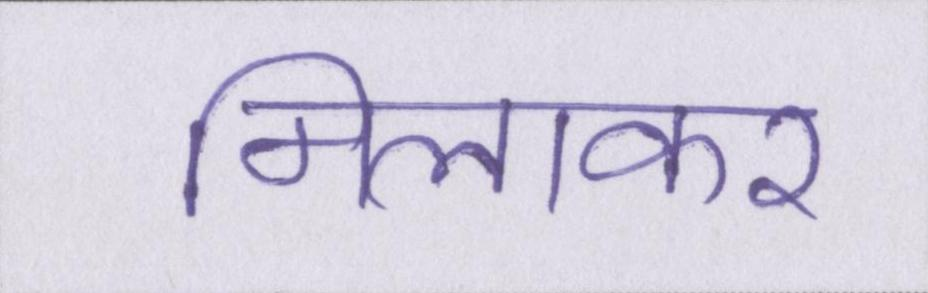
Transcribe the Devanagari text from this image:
मिलाकर